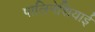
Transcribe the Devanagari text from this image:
पालिनेशियाई